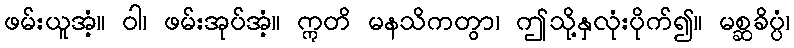
ဖမ်းယူအံ့။ ဝါ၊ ဖမ်းအုပ်အံ့။ ဣတိ မနသိကတွာ၊ ဤသို့နှလုံးပိုက်၍။ မစ္ဆခိပ္ပံ၊